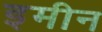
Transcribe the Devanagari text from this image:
इमीन